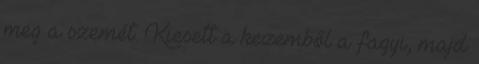
meg a szemét. Kiesett a kezemből a fagyi, majd